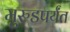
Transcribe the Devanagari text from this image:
मुरुडपर्यंत